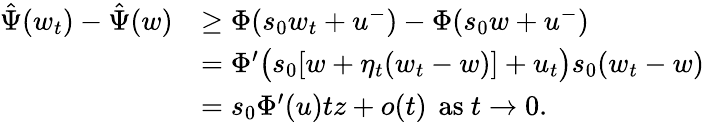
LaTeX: \begin{array}{rl}{\hat{\Psi}(w_{t})-\hat{\Psi}(w)}&{\geq\Phi(s_{0}w_{t}+u^{-})-\Phi(s_{0}w+u^{-})}\\ &{=\Phi^{\prime}\big(s_{0}[w+\eta_{t}(w_{t}-w)]+u_{t}\big)s_{0}(w_{t}-w)}\\ &{=s_{0}\Phi^{\prime}(u)tz+o(t)\, \mathrm{~as~}t\to 0.}\end{array}